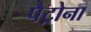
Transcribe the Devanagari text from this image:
पैट्रोना